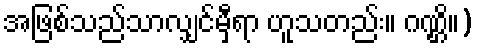
အဖြစ်သည်သာလျှင်မှီရာ ဟူသတည်း။ ဂဏ္ဌိ။)